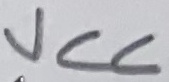
Text: VCC